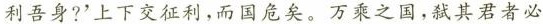
利吾身?'上下交征利，而国危矣。万乘之国，弑其君者必